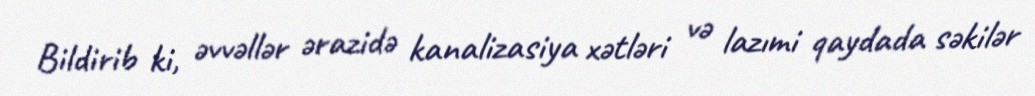
Bildirib ki, əvvəllər ərazidə kanalizasiya xətləri və lazımi qaydada səkilər